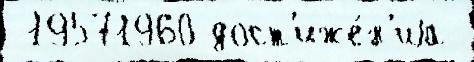
 19571960 дост'иже́н'иjа